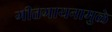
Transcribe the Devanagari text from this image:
गीतगायनामुळे